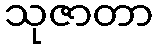
သုဇာတာ